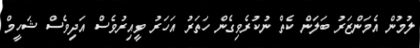
ލުމުން އެމަންޒަރު ބަލަން ކެތް ނުކުރެވިގެން ހަތަރު އަހަރު ވީއިރުވެސް އަދިވެސް ޝަހީމް